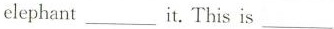
elephant___it.I'his is___